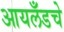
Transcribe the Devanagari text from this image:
आयलँडचे